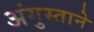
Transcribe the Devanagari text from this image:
अंगुस्ताने